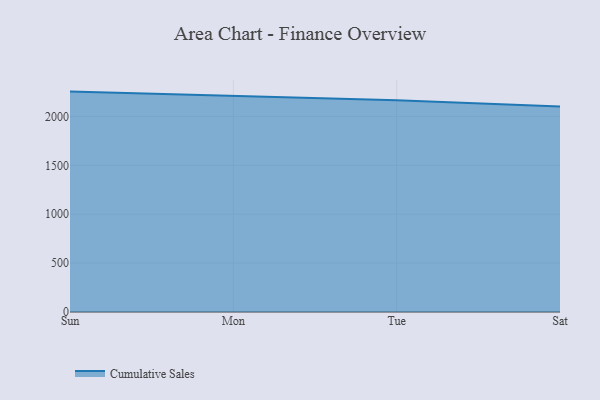
{"axis": {"x": "Day", "y": "Active Users"}, "legend": ["Cumulative Sales"], "data": [{"x": "Sun", "y": 2253.9, "type": "Cumulative Sales"}, {"x": "Mon", "y": 2210.4, "type": "Cumulative Sales"}, {"x": "Tue", "y": 2165.8, "type": "Cumulative Sales"}, {"x": "Sat", "y": 2102.7, "type": "Cumulative Sales"}]}